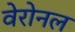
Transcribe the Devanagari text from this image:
वेरोनल